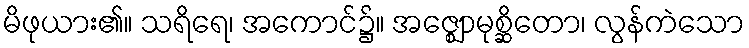
မိဖုယား၏။ သရိရေ၊ အကောင်၌။ အဇ္ဈောမုစ္ဆိတော၊ လွန်ကဲသော